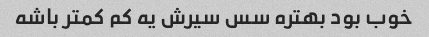
خوب بود بهتره سس سیرش یه کم کمتر باشه